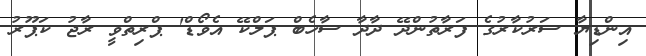
އިންޑިޔާ ސަރުކާރުގެ ފަރާތުންދޭ ދާދާ ސާހެބް ޕަލްކޭ އެވޯޑް' ޕްރިތްވީ ރާޖު ކަޕޫރު